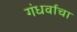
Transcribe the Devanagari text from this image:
गंधर्वाचा